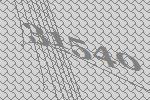
31540